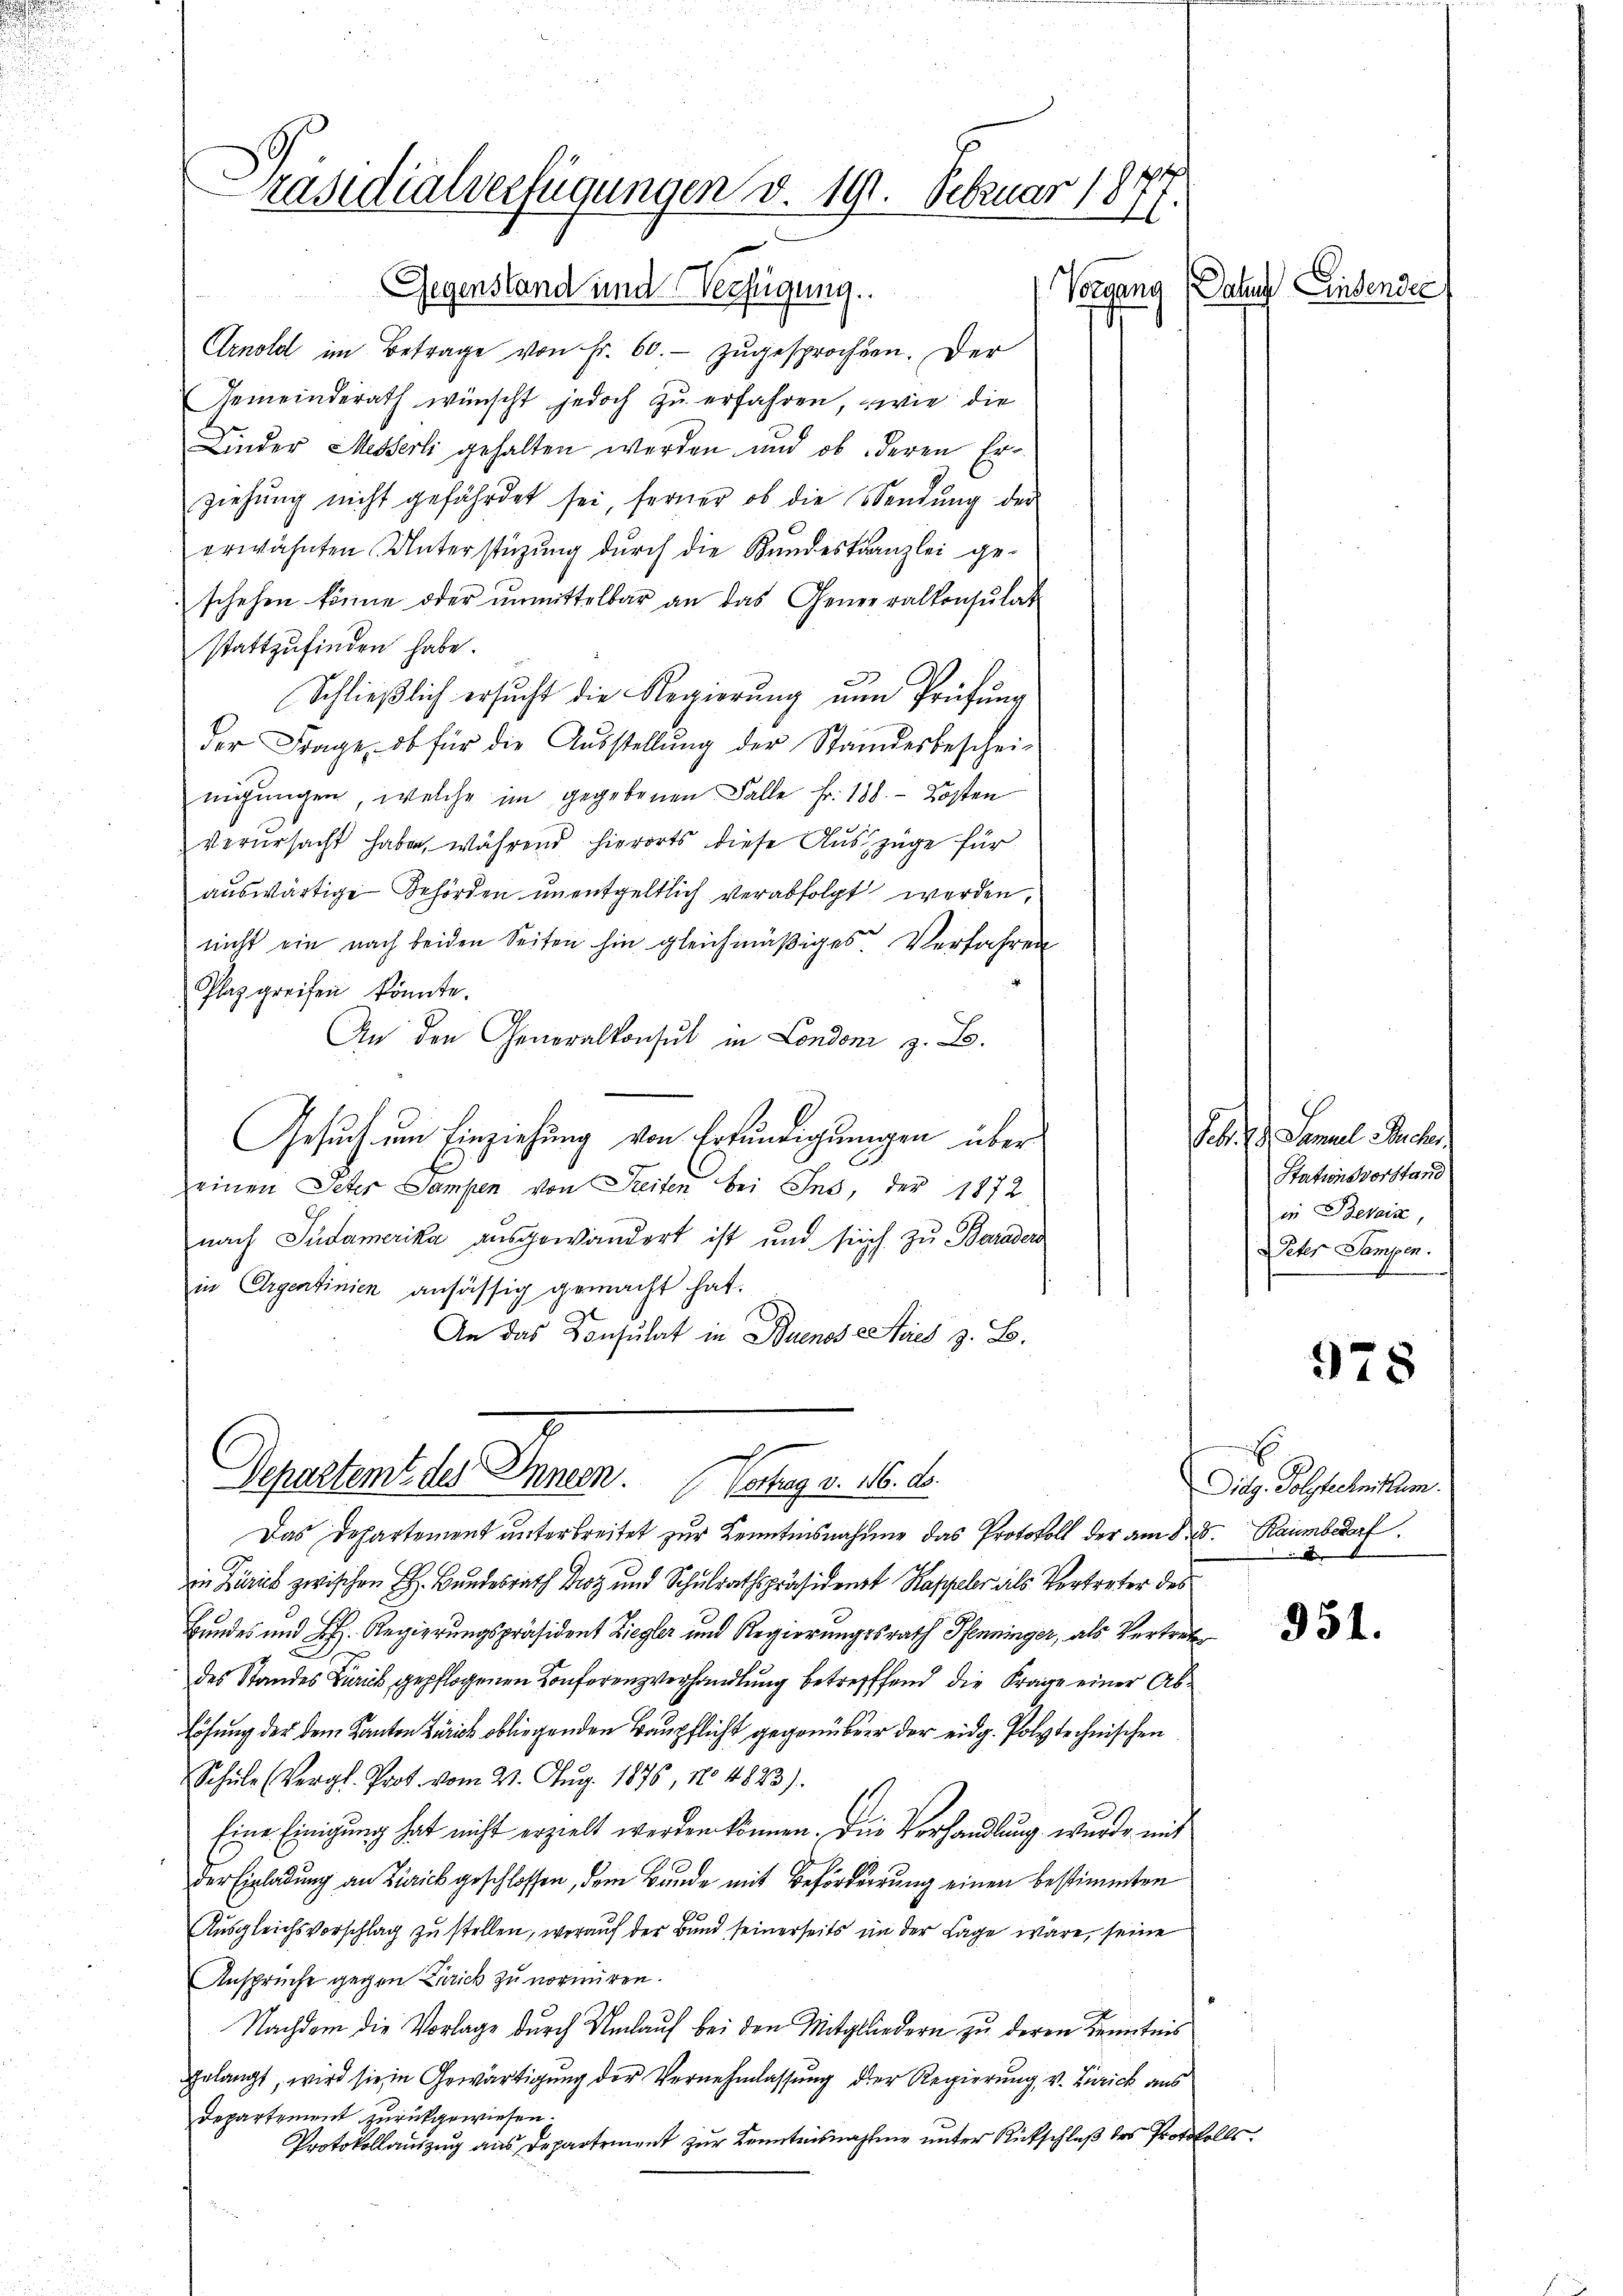
Präsidialverfügungen v. 191. Februar 1877.

Gegenstand und Verfügung.
Arnold im Betrage von Fr. 60. zugesprochen. Der
Gemeinderath wünscht jedoch zu erfahren, wie die
Linder Messerli gehalten werden und ob deren Erziehŭng nicht gefährdet sei, ferner ob die Sendŭng der
erwähnten Unterstüzung dŭrch die Kundeskanzlei ge-
schehen könne oder unmittelbar an das Generalkonsulat
stattzufinden habe.
Schließlich ersucht die Regierŭng nun Prüfŭng
der Frage, ob für die Aŭsstellŭng der Standesbeschei-
nigungen, welche im gegebenen Falle Fr. 188. - Kosten
verursacht haben, während hierorts diese Auszüge für
auswärtige Behörden unentgeltlich verabfolgt werden,
nicht ein nach beiden Seiten hin gleichmäßiges Verfahren
Plaz greifen könnte.
An den Generalkonsul in Londoni z. B.
Gesuch um Einziehung von Erkundigungen übereinen Peter Sampen von Freiten bei Ins, der 1872
nach Südamerika ausgewandert ist und sich zu Barader
in Ergentinien ansässig gemacht hat.
An das Consulat in Buenos Stries z. B.

h
Departemt des Innern. Vertrag v. 16. ds.

Das Departement unterbreitet zur Kenntnisnahme das Protokoll der am 8. d. Raumber
in Zürich zwischen H. Bundesrath Doy und Schulrathspräsidenst Kappeler als Vertreter des
Bundes und H. Regierungspräsident Ziegler und Regierungsrath Pfenninger, als Vertrete
des Standes Zürich gepflogenen Konferenzverhandlung betreffend die Frage einer Ab¬
Lösung der dem Kanton Zürich obliegenden Baupflicht gegenüber der eidg. Polytechnischen
Schule (Vergl. Prot. vom 21. Aug. 1876, No 4823).
Eine Einigung hat nicht erzielt werden können. Die Verhandlung wurde mit
der Einladung an Zirick geschlossen, dem Bunde mit Beförderrung einen bestimmten
Ausgleichsvorschlag zŭ stellen, worauf der Bund seinerseits in der Lage wäre, seine
Ansprüche gegen Zürick zu normiren.
Nachdem die Vorlage durch Umlauf bei den Mitgliedern zu deren Kenntnis
gelangt, wird sie in Gewärtigŭng der Vernehmlassŭng der Regierŭng v. Zürich ans
Departement zurückgewiesen.
Protokollauszug aus Departement zur Kenntnisnahme unter Rückschluß des Protokolls.

Vergang Daten Einsendes

Feb. G. Samuel Scher
Stationsvorstand
in Beweise,
Peter Sampen.

978

E
Didg. Polytechnittum.

951.